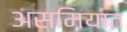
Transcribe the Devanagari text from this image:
असमियात